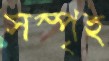
সস্পৃহ